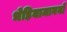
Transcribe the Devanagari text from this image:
भेड़ियामानवों